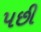
પછી